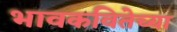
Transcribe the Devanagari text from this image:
भावकवितेच्या